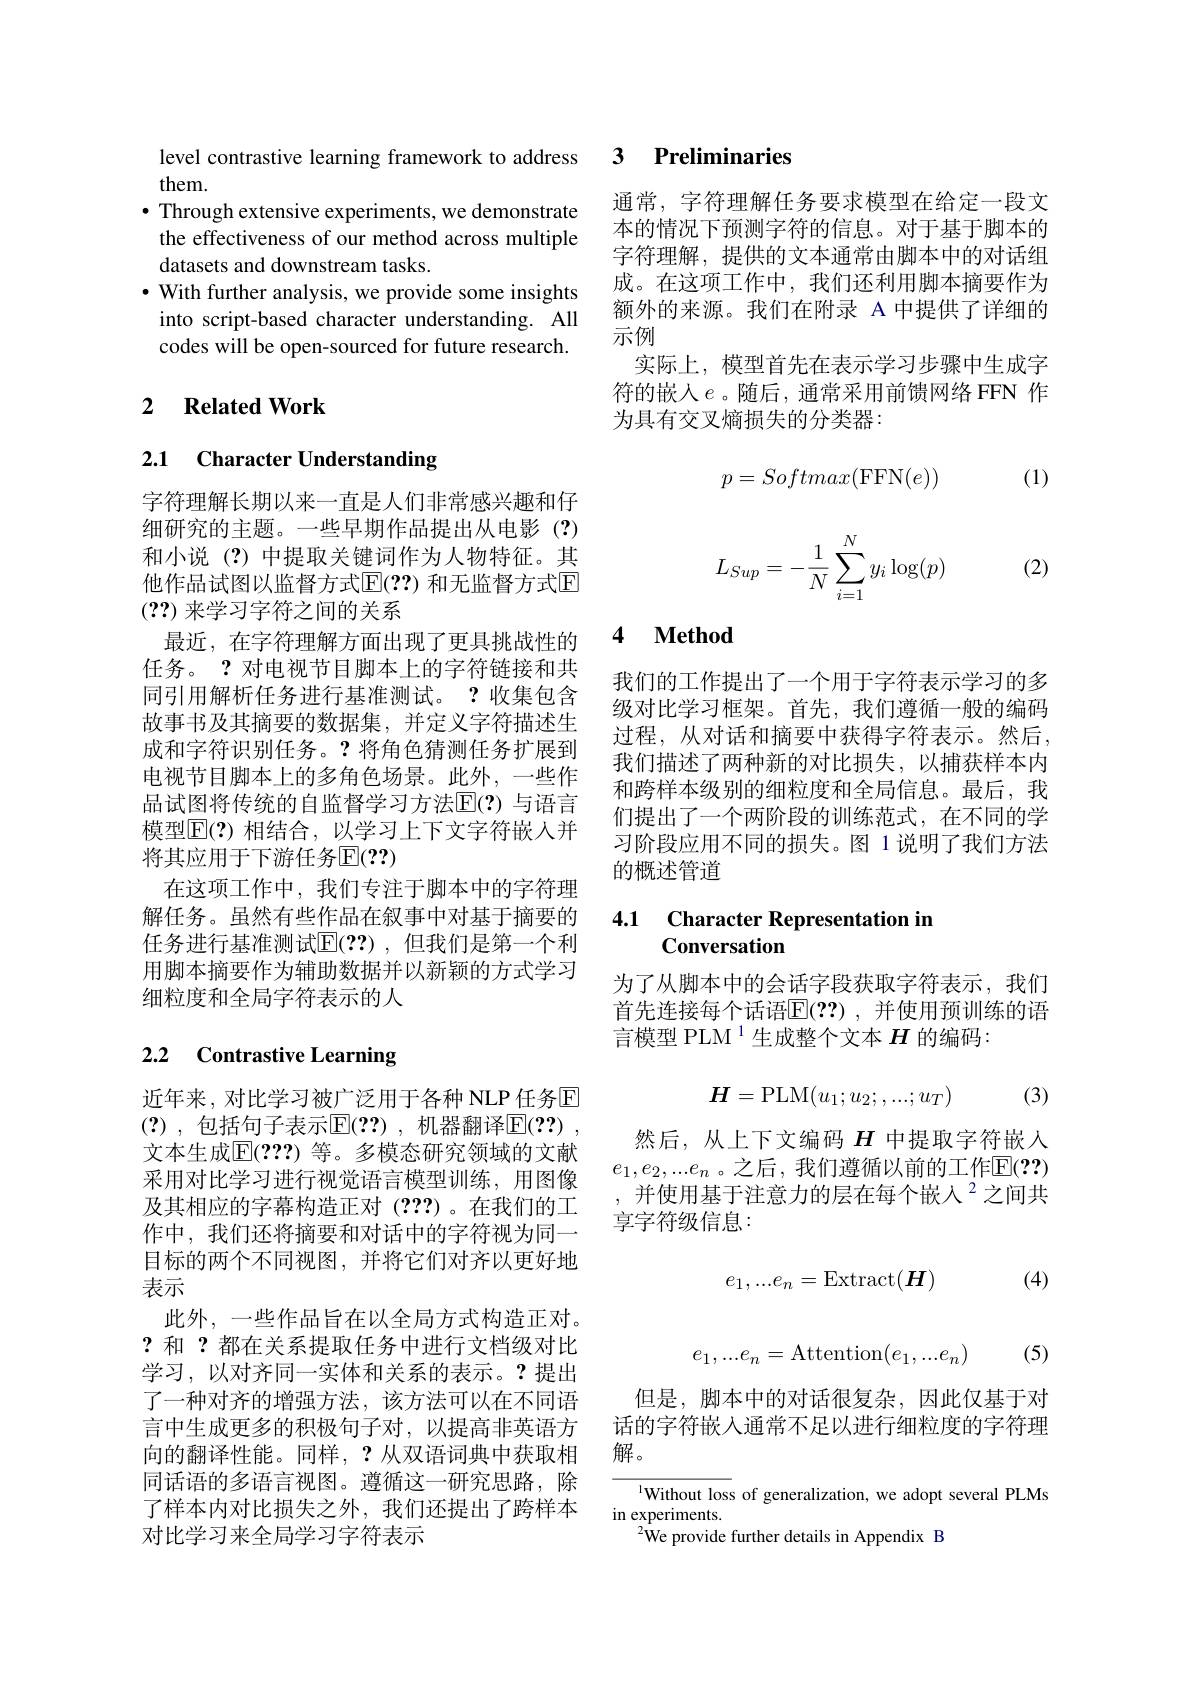
them.
$\bullet$ Through extensive experiments, we demonstrate the effectiveness of our method across multiple datasets and downstream tasks.
$\cdot$ With further analysis, we provide some insights
into script-based character understanding. All codes will be open-sourced for future research.

## 2 $\textbf{Related Work}$

## 2.1 Character Understanding

字符理解长期以来一直是人们非常感兴趣和仔细研究的主题。一些早期作品提出从电影(?) 和小说(?)中提取关键词作为人物特征。其他作品试图以监督方式$\operatorname{E}(??)$ 和无监督方式$\operatorname{E}$ (??)来学习字符之间的关系
最近，在字符理解方面出现了更具挑战性的任务。? 对电视节目脚本上的字符链接和共同引用解析任务进行基准测试。?收集包含故事书及其摘要的数据集，并定义字符描述生成和字符识别任务。?将角色猜测任务扩展到电视节目脚本上的多角色场景。此外，一些作品试图将传统的自监督学习方法$\overline{\mathbb{E}}(?)$ 与语言模型$\mathbb{E}(?)$ 相结合，以学习上下文字符嵌人并将其应用于下游任务$\mathbb{E}(??)$
在这项工作中，我们专注于脚本中的字符理解任务。虽然有些作品在叙事中对基于摘要的任务进行基准测试$\mathbb{E}(??)$,但我们是第一个利用脚本摘要作为辅助数据并以新颖的方式学习细粒度和全局字符表示的人

# 2.2 Contrastive Learning

近年来，对比学习被广泛用于各种 NLP 任务$\mathbb{E}$ (?) ,包括句子表示$\overline{\mathrm{E}}(??)$ ,机器翻译$\overline{\mathrm{E}}(??)$ , 文本生成$\mathbb{E}(2??)$ 等。多模态研究领域的文献采用对比学习进行视觉语言模型训练，用图像及其相应的字幕构造正对(??)。在我们的工作中，我们还将摘要和对话中的字符视为同一目标的两个不同视图，并将它们对齐以更好地表示
此外，一些作品旨在以全局方式构造正对。?和 ?都在关系提取任务中进行文档级对比学习，以对齐同一实体和关系的表示。?提出了一种对齐的增强方法，该方法可以在不同语言中生成更多的积极句子对，以提高非英语方向的翻译性能。同样，?从双语词典中获取相同话语的多语言视图。遵循这一研究思路，除了样本内对比损失之外，我们还提出了跨样本对比学习来全局学习字符表示

## level contrastive learning framework to address 3 Preliminaries

通常，字符理解任务要求模型在给定一段文本的情况下预测字符的信息。对于基于脚本的字符理解，提供的文本通常由脚本中的对话组成。在这项工作中，我们还利用脚本摘要作为额外的来源。我们在附录 A 中提供了详细的示例
实际上，模型首先在表示学习步骤中生成字符的嵌入$e$。随后，通常采用前馈网络 FFN 作为具有交叉熵损失的分类器：
$$p=Softmax(\text{FFN}(e))$$
(1)

(2)
$$L_{Sup}=-\dfrac{1}{N}\sum_{i=1}^Ny_i\log(p)$$
### 4 $\textbf{Method}$

我们的工作提出了一个用于字符表示学习的多级对比学习框架。首先，我们遵循一般的编码过程，从对话和摘要中获得字符表示。然后， 我们描述了两种新的对比损失，以捕获样本内和跨样本级别的细粒度和全局信息。最后，我们提出了一个两阶段的训练范式，在不同的学习阶段应用不同的损失。图 1 说明了我们方法的概述管道

## 4.1 Character Representation in Conversation

为了从脚本中的会话字段获取字符表示，我们首先连接每个话语$\mathbb{E}(??)$,并使用预训练的语言模型 PLM $^{1}$生成整个文本 $H$ 的编码：
$$H=\mathrm{PLM}(u_1;u_2;,...;u_T)$$
(3)

然后，从上下文编码$H$中提取字符嵌入$e_1,e_2,...e_n$。之后，我们遵循以前的工作$\mathbb{E}(??)$ ,并使用基于注意力的层在每个嵌人$^{2}$之间共享字符级信息：

(4)
$$e_1,...e_n=\operatorname{Extract}(\boldsymbol{H})$$
$$e_1,...e_n=\text{Attention}(e_1,...e_n)$$
(5)

但是，脚本中的对话很复杂，因此仅基于对话的字符嵌人通常不足以进行细粒度的字符理解。
$^{\text{l}}$Without loss of generalization, we adopt several PLMs
in experiments.

$^{2}$We provide further details in Appendix B